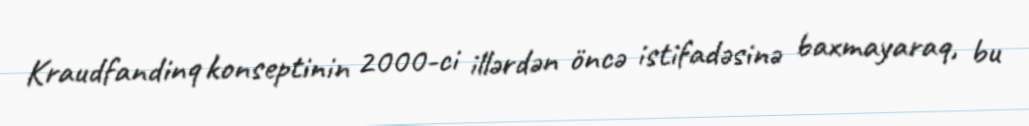
Kraudfandinq konseptinin 2000-ci illərdən öncə istifadəsinə baxmayaraq, bu